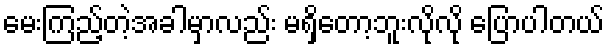
မေးကြည့်တဲ့အခါမှာလည်း မရှိတော့ဘူးလိုလို ပြောပါတယ်